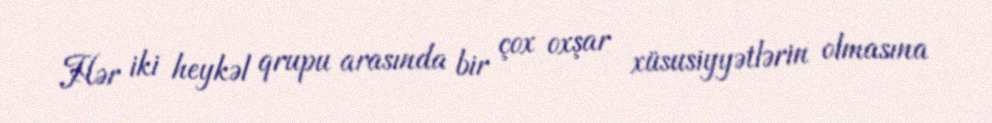
Hər iki heykəl qrupu arasında bir çox oxşar xüsusiyyətlərin olmasına